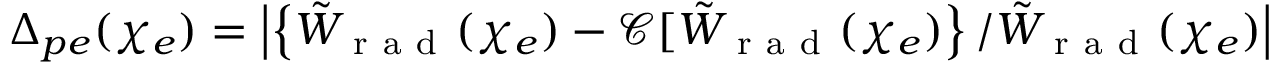
\Delta _ { p e } ( \chi _ { e } ) = \left| \left\{ \tilde { W } _ { \mathrm { ~ r ~ a ~ d ~ } } ( \chi _ { e } ) - \mathcal { C } [ \tilde { W } _ { \mathrm { ~ r ~ a ~ d ~ } } ( \chi _ { e } ) \right\} / \tilde { W } _ { \mathrm { ~ r ~ a ~ d ~ } } ( \chi _ { e } ) \right|